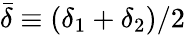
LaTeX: \bar{\delta}\equiv(\delta_{1}+\delta_{2})/2